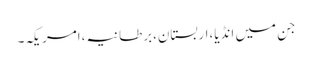
جن میں انڈیا،اربستان،برطانیہ،امریکہ۔